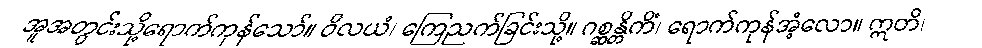
အူအတွင်းသို့ရောက်ကုန်သော်။ ဝိလယံ၊ ကြေညက်ခြင်းသို့။ ဂစ္ဆန္တိကိံ၊ ရောက်ကုန်အံ့လော။ ဣတိ၊